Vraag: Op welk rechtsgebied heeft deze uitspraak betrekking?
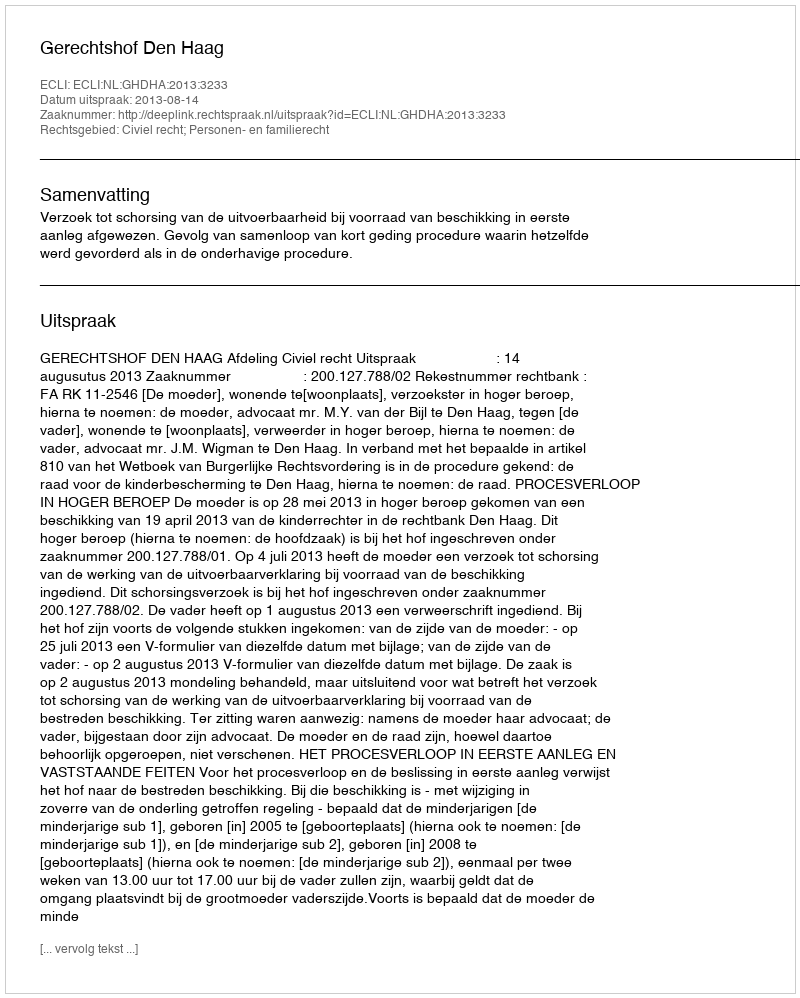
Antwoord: Civiel recht; Personen- en familierecht